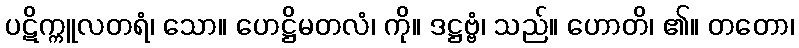
ပဋိက္ကူလတရံ၊ သော။ ဟေဋ္ဌိမတလံ၊ ကို။ ဒဋ္ဌဗ္ဗံ၊ သည်။ ဟောတိ၊ ၏။ တတော၊